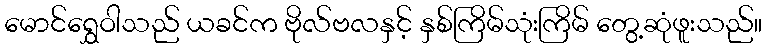
မောင်ရွှေဝါသည် ယခင်က ဗိုလ်ဗလနှင့် နှစ်ကြိမ်သုံးကြိမ် တွေ့ဆုံဖူးသည်။